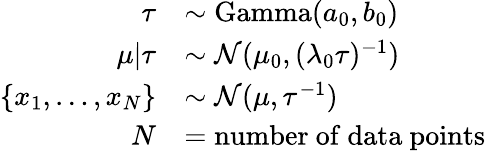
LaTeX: {\begin{array}{rl}{\tau}&{\sim\operatorname{Gamma}(a_{0},b_{0})}\\ {\mu|\tau}&{\sim{\mathcal{N}}(\mu_{0},(\lambda_{0}\tau)^{-1})}\\ {\{ x_{1},\dots,x_{N}\} }&{\sim{\mathcal{N}}(\mu,\tau^{-1})}\\ {N}&{={\mathrm{number~of~data~points}}}\end{array}}